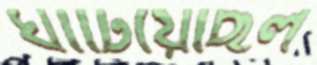
ঘাঁটিয়েছিল